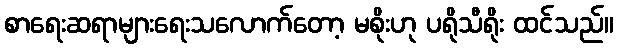
စာရေးဆရာများရေးသလောက်တော့ မစိုးဟု ပရိုသီရိုး ထင်သည်။